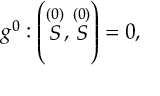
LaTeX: g ^ { 0 } : \left( \stackrel { ( 0 ) } { S } , \stackrel { ( 0 ) } { S } \right) = 0 ,